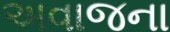
અવાજના